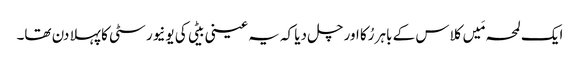
ایک لمحہ مَیں کلاس کے باہر رُکا اور چل دیا کہ یہ عینی بیٹی کی یونیورسٹی کا پہلا دن تھا۔